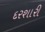
દરશારી